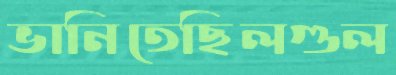
ভানিতেছিলগুল